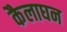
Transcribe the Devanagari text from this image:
कैलाघन